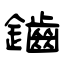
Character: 鑡